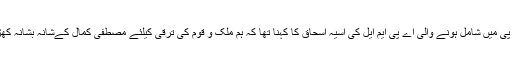
پی ایس پی میں شامل ہونے والی اے پی ایم ایل کی آسیہ اسحاق کا کہنا تھا کہ ہم ملک و قوم کی ترقی کیلئے مصطفیٰ کمال کےشانہ بشانہ کھڑےہیں۔